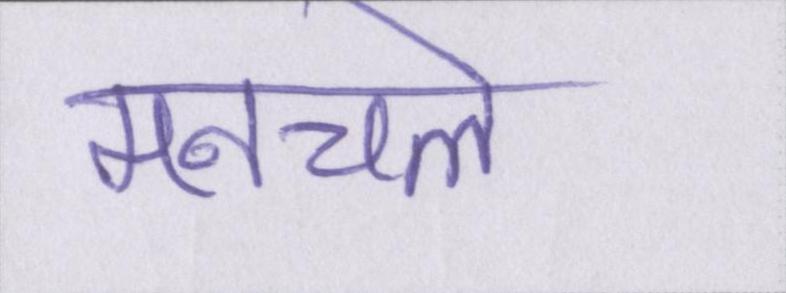
मनचले